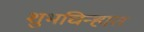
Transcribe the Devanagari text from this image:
शुभचिन्हात